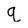
Character: q